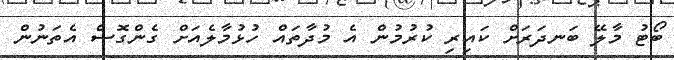
ބޯޓު މާލޭ ބަނދަރަށް ކައިރި ކުރުމުން އެ މުދާތައް ހުޅުމާލެއަށް ގެންގޮސް އެތަނުން